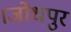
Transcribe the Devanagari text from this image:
।जोधपुर